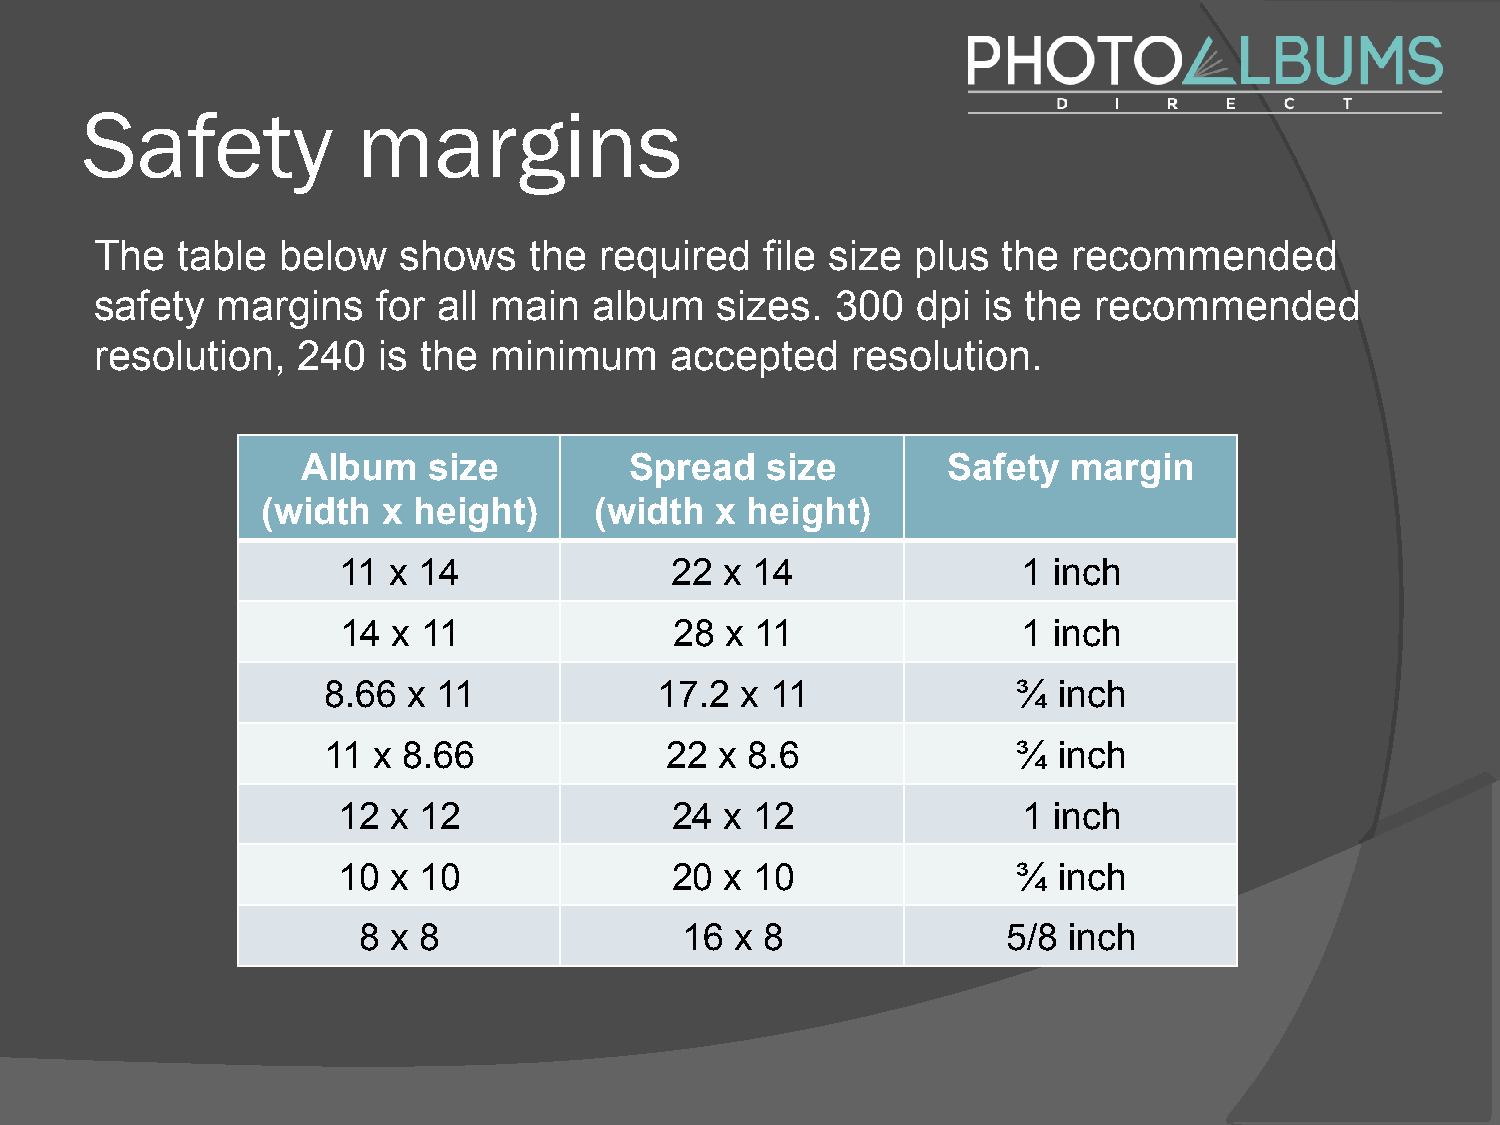
Safety             margins
 The   table  below  shows    the  required   file size plus the  recommended
 safety  margins    for all main  album   sizes.  300   dpi is the recommended
 resolution,   240  is the minimum     accepted    resolution.
 Album   size          Spread   size        Safety  margin
 (width  x height)     (width  x height)
 11  x 14              22  x 14                1 inch
 14  x 11               28 x 11                1 inch
 8.66  x 11             17.2 x 11              ¾  inch
 11  x 8.66             22  x 8.6              ¾  inch
 12  x 12              24  x 12                1 inch
 10  x 10              20  x 10               ¾  inch
 8 x 8                16  x 8               5/8 inch